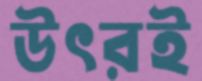
উৎরই